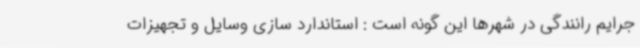
جرایم رانندگی در شهرها این گونه است : استاندارد سازی وسایل و تجهیزات